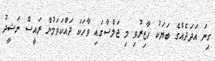
ގިނަ އަދަދެއްގެ ބަޔަކު ހާޒިރުވި މި ޖަލްސާގައި ވާހަކަ ދައްކަވަމުން ރައީސް ނަޝީދު